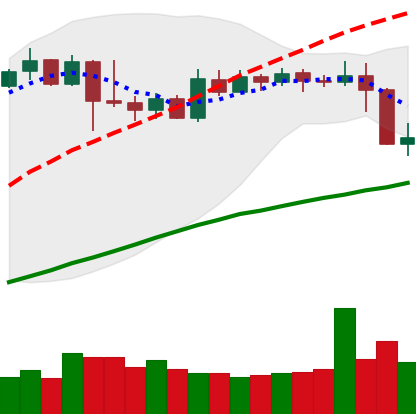
Ticker: XMR-USD
Chart end date: 2019-04-26
Forward return: 4.622%
Label: up_3_5